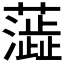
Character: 𫊉